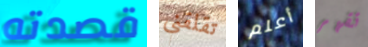
قصدته تقلقني أعلم تقهر